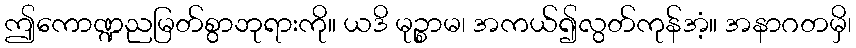
ဤကောဏ္ဍညမြတ်စွာဘုရားကို။ ယဒိ မုဉ္စာမ၊ အကယ်၍လွတ်ကုန်အံ့။ အနာဂတမှိ၊